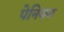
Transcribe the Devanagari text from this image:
पेनियम